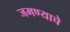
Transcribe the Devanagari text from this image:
जमण्याचे